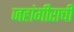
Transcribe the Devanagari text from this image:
जहांगीराची